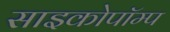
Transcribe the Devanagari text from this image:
साइकोपॉम्प